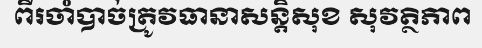
ពីរចាំបាច់ត្រូវធានាសន្តិសុខ សុវត្ថិភាព